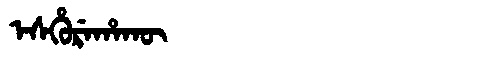
Manchu: ᡝᠰᡥᡠᡵᡝᡥᠠᡴᡡ
Romanization: ESHUREHAKŪ